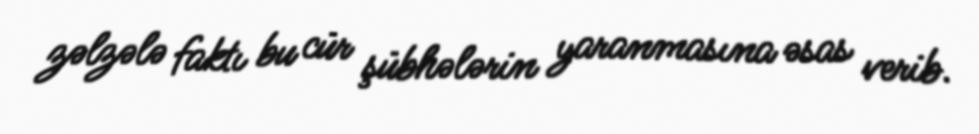
zəlzələ faktı bu cür şübhələrin yaranmasına əsas verib.